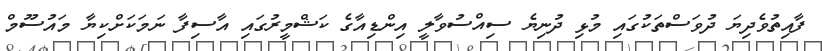
ފާއިތުވެދިޔަ ދުވަސްތަކުގައި މުޅި ދުނިޔެ ސިއްސުވާލީ އިންޑިއާގެ ކަޝްމީރުގައި އާސިފާ ނަމަކަށްކިޔާ މައުސޫމް